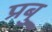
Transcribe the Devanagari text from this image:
प्रबु